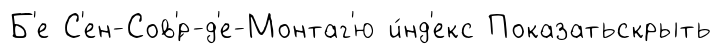
Б'е С'ен-Сов'́р-д'е-Монтаг'ю и́нд'екс Показатьскрыть